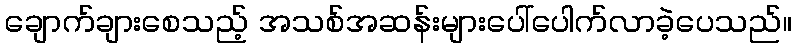
ချောက်ချားစေသည့် အသစ်အဆန်းများပေါ်ပေါက်လာခဲ့ပေသည်။